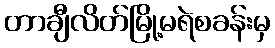
တာချီလိတ်မြို့မရဲစခန်းမှ